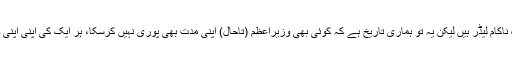
اس لئے وہ ناکام لیڈر ہیں لیکن یہ تو ہماری تاریخ ہے کہ کوئی بھی وزیراعظم (تاحال) اپنی مدت بھی پوری نہیں کرسکا، ہر ایک کی اپنی اپنی وجوہ تھیں۔